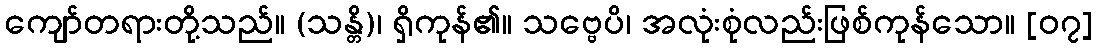
ကျော်တရားတို့သည်။ (သန္တိ)၊ ရှိကုန်၏။ သဗ္ဗေပိ၊ အလုံးစုံလည်းဖြစ်ကုန်သော။ [၀၇]